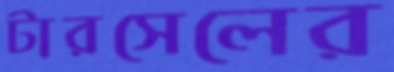
টারসেলের